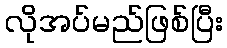
လိုအပ်မည်ဖြစ်ပြီး